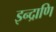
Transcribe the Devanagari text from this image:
इन्द्राणि